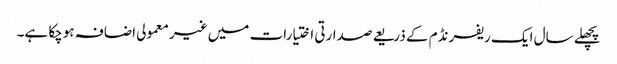
پچھلے سال ایک ریفرنڈم کے ذریعے صدارتی اختیارات میں غیر معمولی اضافہ ہوچکا ہے۔